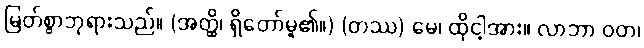
မြတ်စွာဘုရားသည်။ (အတ္ထိ၊ ရှိတော်မူ၏။) (တဿ) မေ၊ ထိုငါ့အား။ လာဘာ ဝတ၊